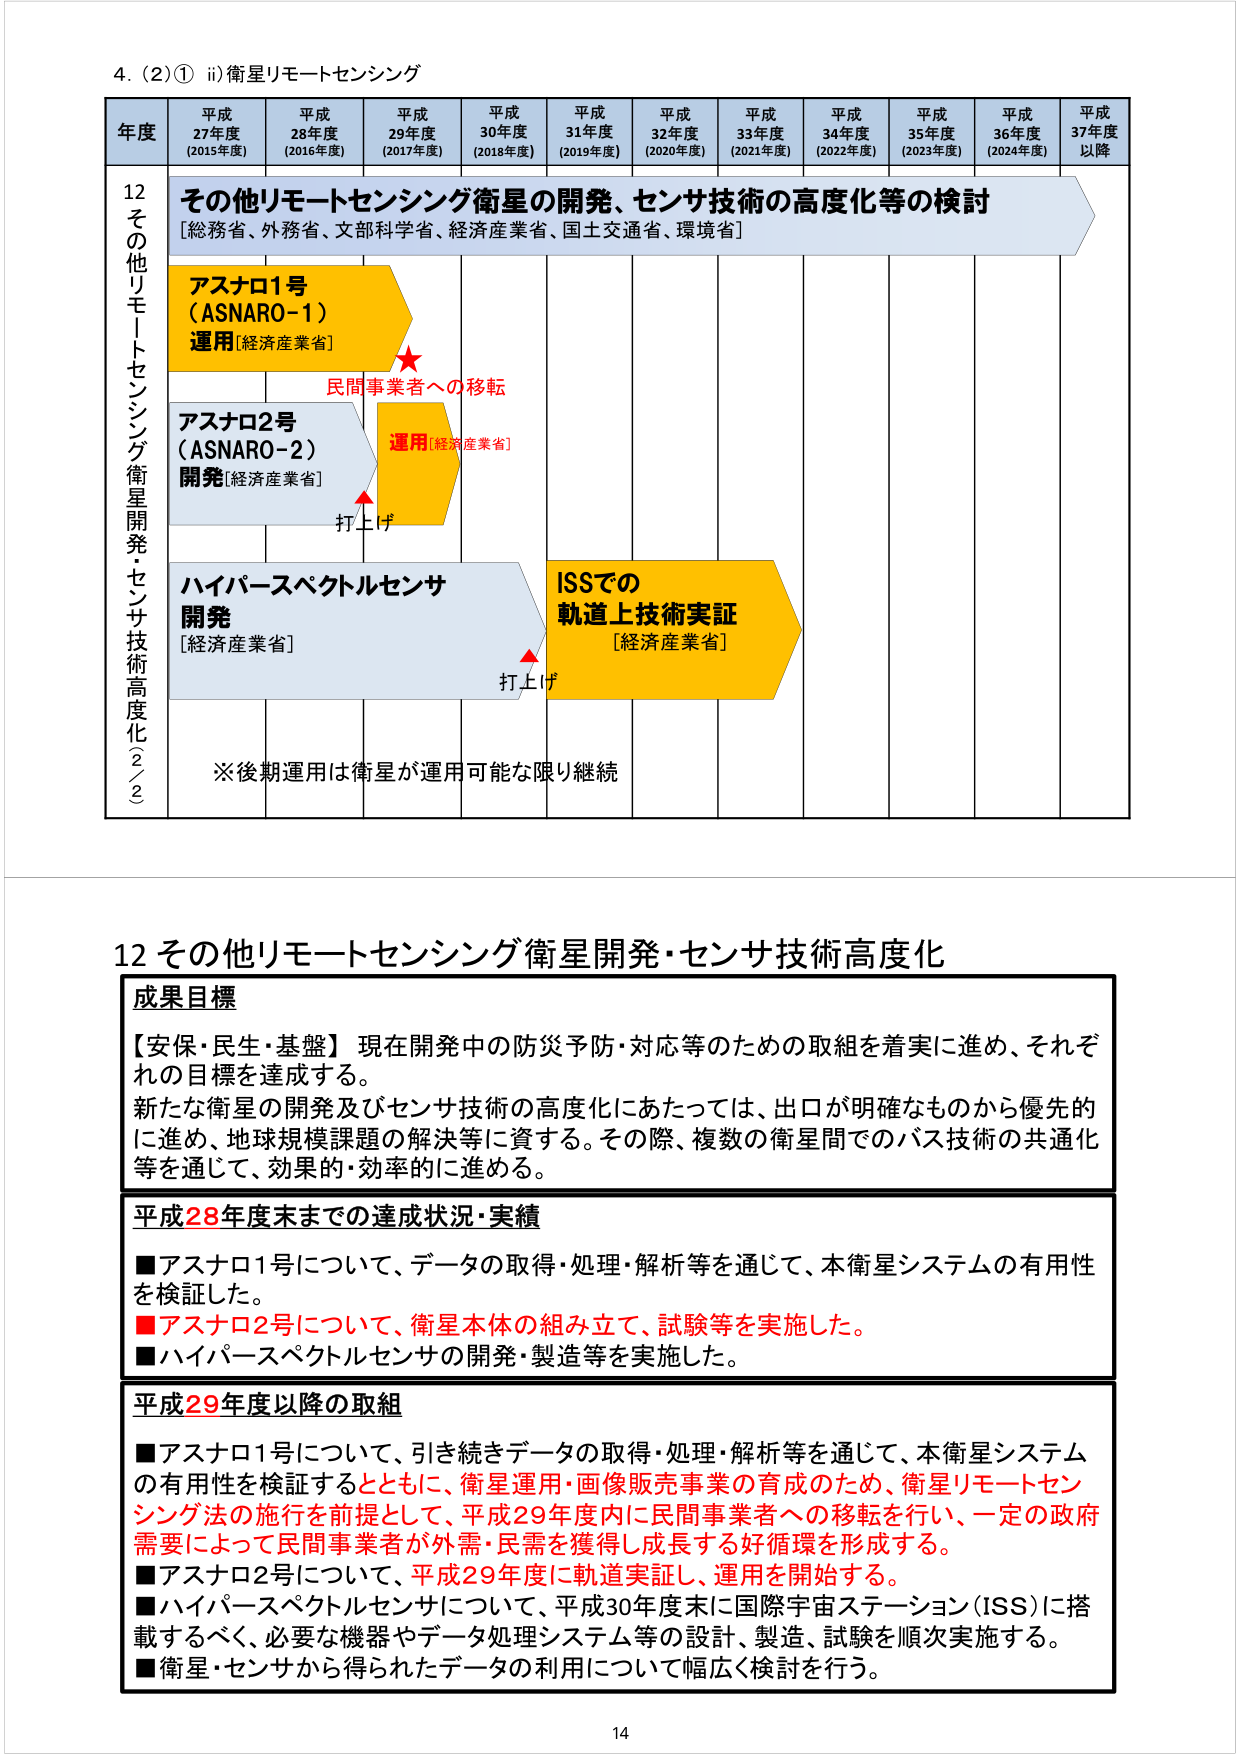
4. (2)① ii) 衛星リモートセンシング

年度 平成27年度 (2015年度) 平成28年度 (2016年度) 平成29年度 (2017年度) 平成30年度 (2018年度) 平成31年度 (2019年度) 平成32年度 (2020年度) 平成33年度 (2021年度) 平成34年度 (2022年度) 平成35年度 (2023年度) 平成36年度 (2024年度) 平成37年度以降

12 その他リモートセンシング衛星開発・センサ技術高度化（2/2）

その他リモートセンシング衛星の開発、センサ技術の高度化等の検討
[総務省、外務省、文部科学省、経済産業省、国土交通省、環境省]

アスナロ1号 (ASNARO-1)
運用[経済産業省]
民間事業者への移転

アスナロ2号 (ASNARO-2)
開発[経済産業省]
運用[経済産業省]
打上げ

ハイパースペクトルセンサ
開発
[経済産業省]
打上げ

ISSでの
軌道上技術実証
[経済産業省]

※後期運用は衛星が運用可能な限り継続

12 その他リモートセンシング衛星開発・センサ技術高度化

成果目標
【安保・民生・基盤】現在開発中の防災予防・対応等のための取組を着実に進め、それぞれの目標を達成する。
新たな衛星の開発及びセンサ技術の高度化にあたっては、出口が明確なものから優先的に進め、地球規模課題の解決等に資する。その際、複数の衛星間でのバス技術の共通化等を通じて、効果的・効率的に進める。

平成28年度末までの達成状況・実績
■アスナロ1号について、データの取得・処理・解析等を通じて、本衛星システムの有用性を検証した。
■アスナロ2号について、衛星本体の組み立て、試験等を実施した。
■ハイパースペクトルセンサの開発・製造等を実施した。

平成29年度以降の取組
■アスナロ1号について、引き続きデータの取得・処理・解析等を通じて、本衛星システムの有用性を検証するとともに、衛星運用・画像販売事業の育成のため、衛星リモートセンシング法の施行を前提として、平成29年度内に民間事業者への移転を行い、一定の政府需要によって民間事業者が外需・民需を獲得し成長する好循環を形成する。
■アスナロ2号について、平成29年度に軌道実証し、運用を開始する。
■ハイパースペクトルセンサについて、平成30年度末に国際宇宙ステーション(ISS)に搭載するべく、必要な機器やデータ処理システム等の設計、製造、試験を順次実施する。
■衛星・センサから得られたデータの利用について幅広く検討を行う。

14